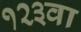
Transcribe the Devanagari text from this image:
१२३वा